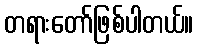
တရားတော်ဖြစ်ပါတယ်။